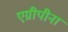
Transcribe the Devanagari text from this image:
एग्रीपीना